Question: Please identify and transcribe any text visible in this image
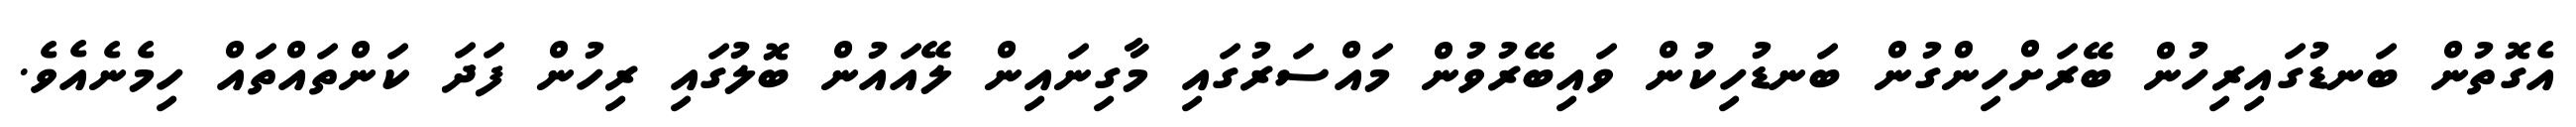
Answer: އެގޮތުން ބަނޑުގައިރިހުން ބޭރަށްހިންގުން ބަނޑުހިކުން ވައިބޭރުވުން މައްސަރުގައި މާގިނައިން ލޭއައުން ބޮލުގައި ރިހުން ފަދަ ކަންތައްތައް ހިމެނެއެވެ.